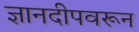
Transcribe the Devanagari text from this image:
ज्ञानदीपवरून